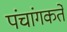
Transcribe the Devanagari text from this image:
पंचांगकर्ते